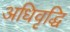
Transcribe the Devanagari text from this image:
अधिवृद्धि